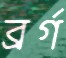
ব্রর্গ